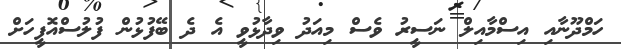
ހަމްދޫނާއި އިސްމާއިލް ނަސީރު ވެސް މިއަދު ވިދާޅުވީ އެ ދެ ބޭފުޅުން ފުލުސްއޮފީހަށް